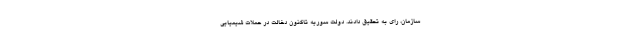
سازمان، رای به تحقیق دادند. دولت سوریه تاکنون دخالت در حملات شیمیایی